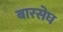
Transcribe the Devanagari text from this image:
बारसेघ